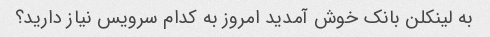
به لینکلن بانک خوش آمدید امروز به کدام سرویس نیاز دارید؟